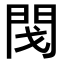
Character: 𨳮